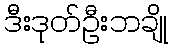
ဒီးဒုတ်ဦးဘချို